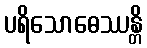
ပရိသောဓေဿန္တိ